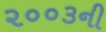
૨૦૦૩ની